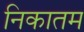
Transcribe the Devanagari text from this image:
निकातम